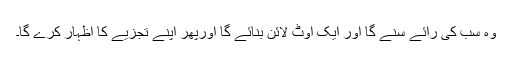
وہ سب کی رائے سنے گا اور ایک آؤٹ لائن بنائے گا اورپھر اپنے تجزیے کا اظہار کرے گا۔